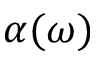
\alpha ( \omega )